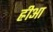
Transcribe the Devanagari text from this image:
ह्रीआ